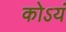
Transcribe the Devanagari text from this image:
कोऽयं